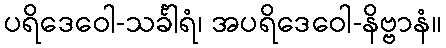
ပရိဒေဝေါ-သင်္ခါရံ၊ အပရိဒေဝေါ-နိဗ္ဗာနံ။